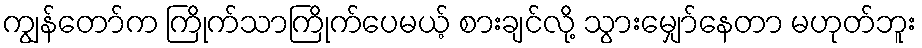
ကျွန်တော်က ကြိုက်သာကြိုက်ပေမယ့် စားချင်လို့ သွားမျှော်နေတာ မဟုတ်ဘူး